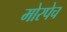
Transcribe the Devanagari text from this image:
मोरपेच